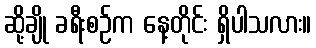
ဆို့ချို ခရီးစဉ်က နေ့တိုင်း ရှိပါသလား။